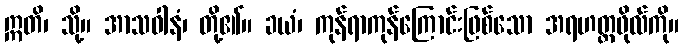
ဣတိ၊ သို့။ အာသဝါနံ၊ တို့၏။ ခယံ၊ ကုန်ရာကုန်ကြောင်းဖြစ်သော အရဟတ္တဖိုလ်ကို။